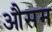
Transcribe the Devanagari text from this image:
औसम